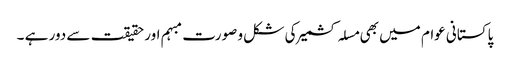
پاکستانی عوام میں بھی مسلہ کشمیر کی شکل و صورت مبہم اور حقیقت سے دور ہے ۔